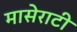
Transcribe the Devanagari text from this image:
मासेराटी